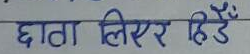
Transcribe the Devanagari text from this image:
छाता लिएर हिँड्